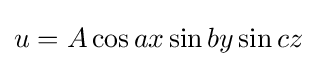
u=A\cos ax\sin by\sin cz